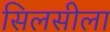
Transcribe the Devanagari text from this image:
सिलसीला